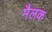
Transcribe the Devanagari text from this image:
मैलक